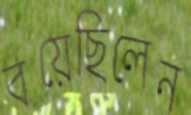
বয়েছিলেন